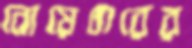
নোয়েথারের